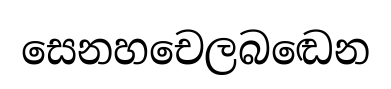
සෙනහචෙලබඬෙන